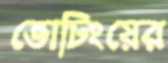
ভোটিংয়ের